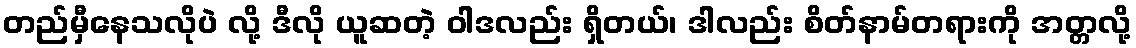
တည်မှီနေသလိုပဲ လို့ ဒီလို ယူဆတဲ့ ဝါဒလည်း ရှိတယ်၊ ဒါလည်း စိတ်နာမ်တရားကို အတ္တလို့